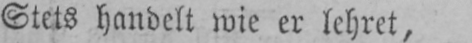
Stets handelt wie er lehret,